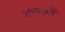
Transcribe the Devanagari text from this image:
कायर्यों